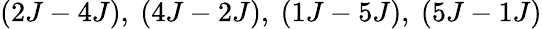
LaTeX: (2J-4J),~(4J-2J),~(1J-5J),~(5J-1J)